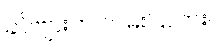
ခင်ဗျားက လမ်းပြလား။